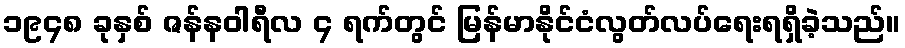
၁၉၄၈ ခုနှစ် ဇန်နဝါရီလ ၄ ရက်တွင် မြန်မာနိုင်ငံလွတ်လပ်ရေးရရှိခဲ့သည်။